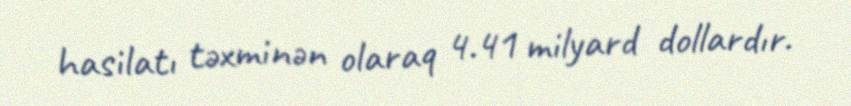
hasilatı təxminən olaraq 4.41 milyard dollardır.